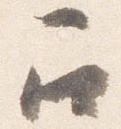
召